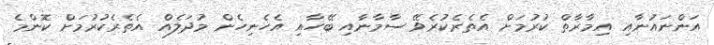
އަންނައުނާއި އިމާރާތް ކުރުމަށް އެތެރެކުރެވޭ ސާމާނާއި ބޭހާއި އެހެނިހެން މުދަލެއް އެތެރެކުރުމަށް ކޮންމެ